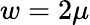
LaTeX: w=2\mu